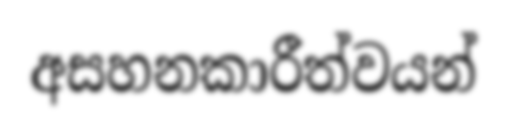
අසහනකාරීත්වයන්